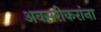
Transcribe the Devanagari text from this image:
अवसरीकरांना